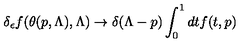
\delta _ { \epsilon } f ( \theta ( p , \Lambda ) , \Lambda ) \rightarrow \delta ( \Lambda - p ) \int _ { 0 } ^ { 1 } d t f ( t , p )